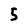
Character: 5